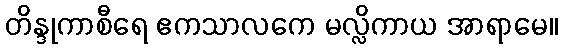
တိန္ဒုကာစီရေ ဧကသာလကေ မလ္လိကာယ အာရာမေ။